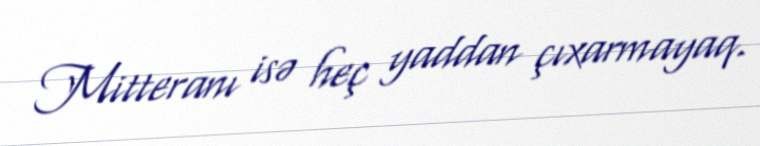
Mitteranı isə heç yaddan çıxarmayaq.